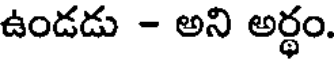
ఉండడు - అని అర్థం.